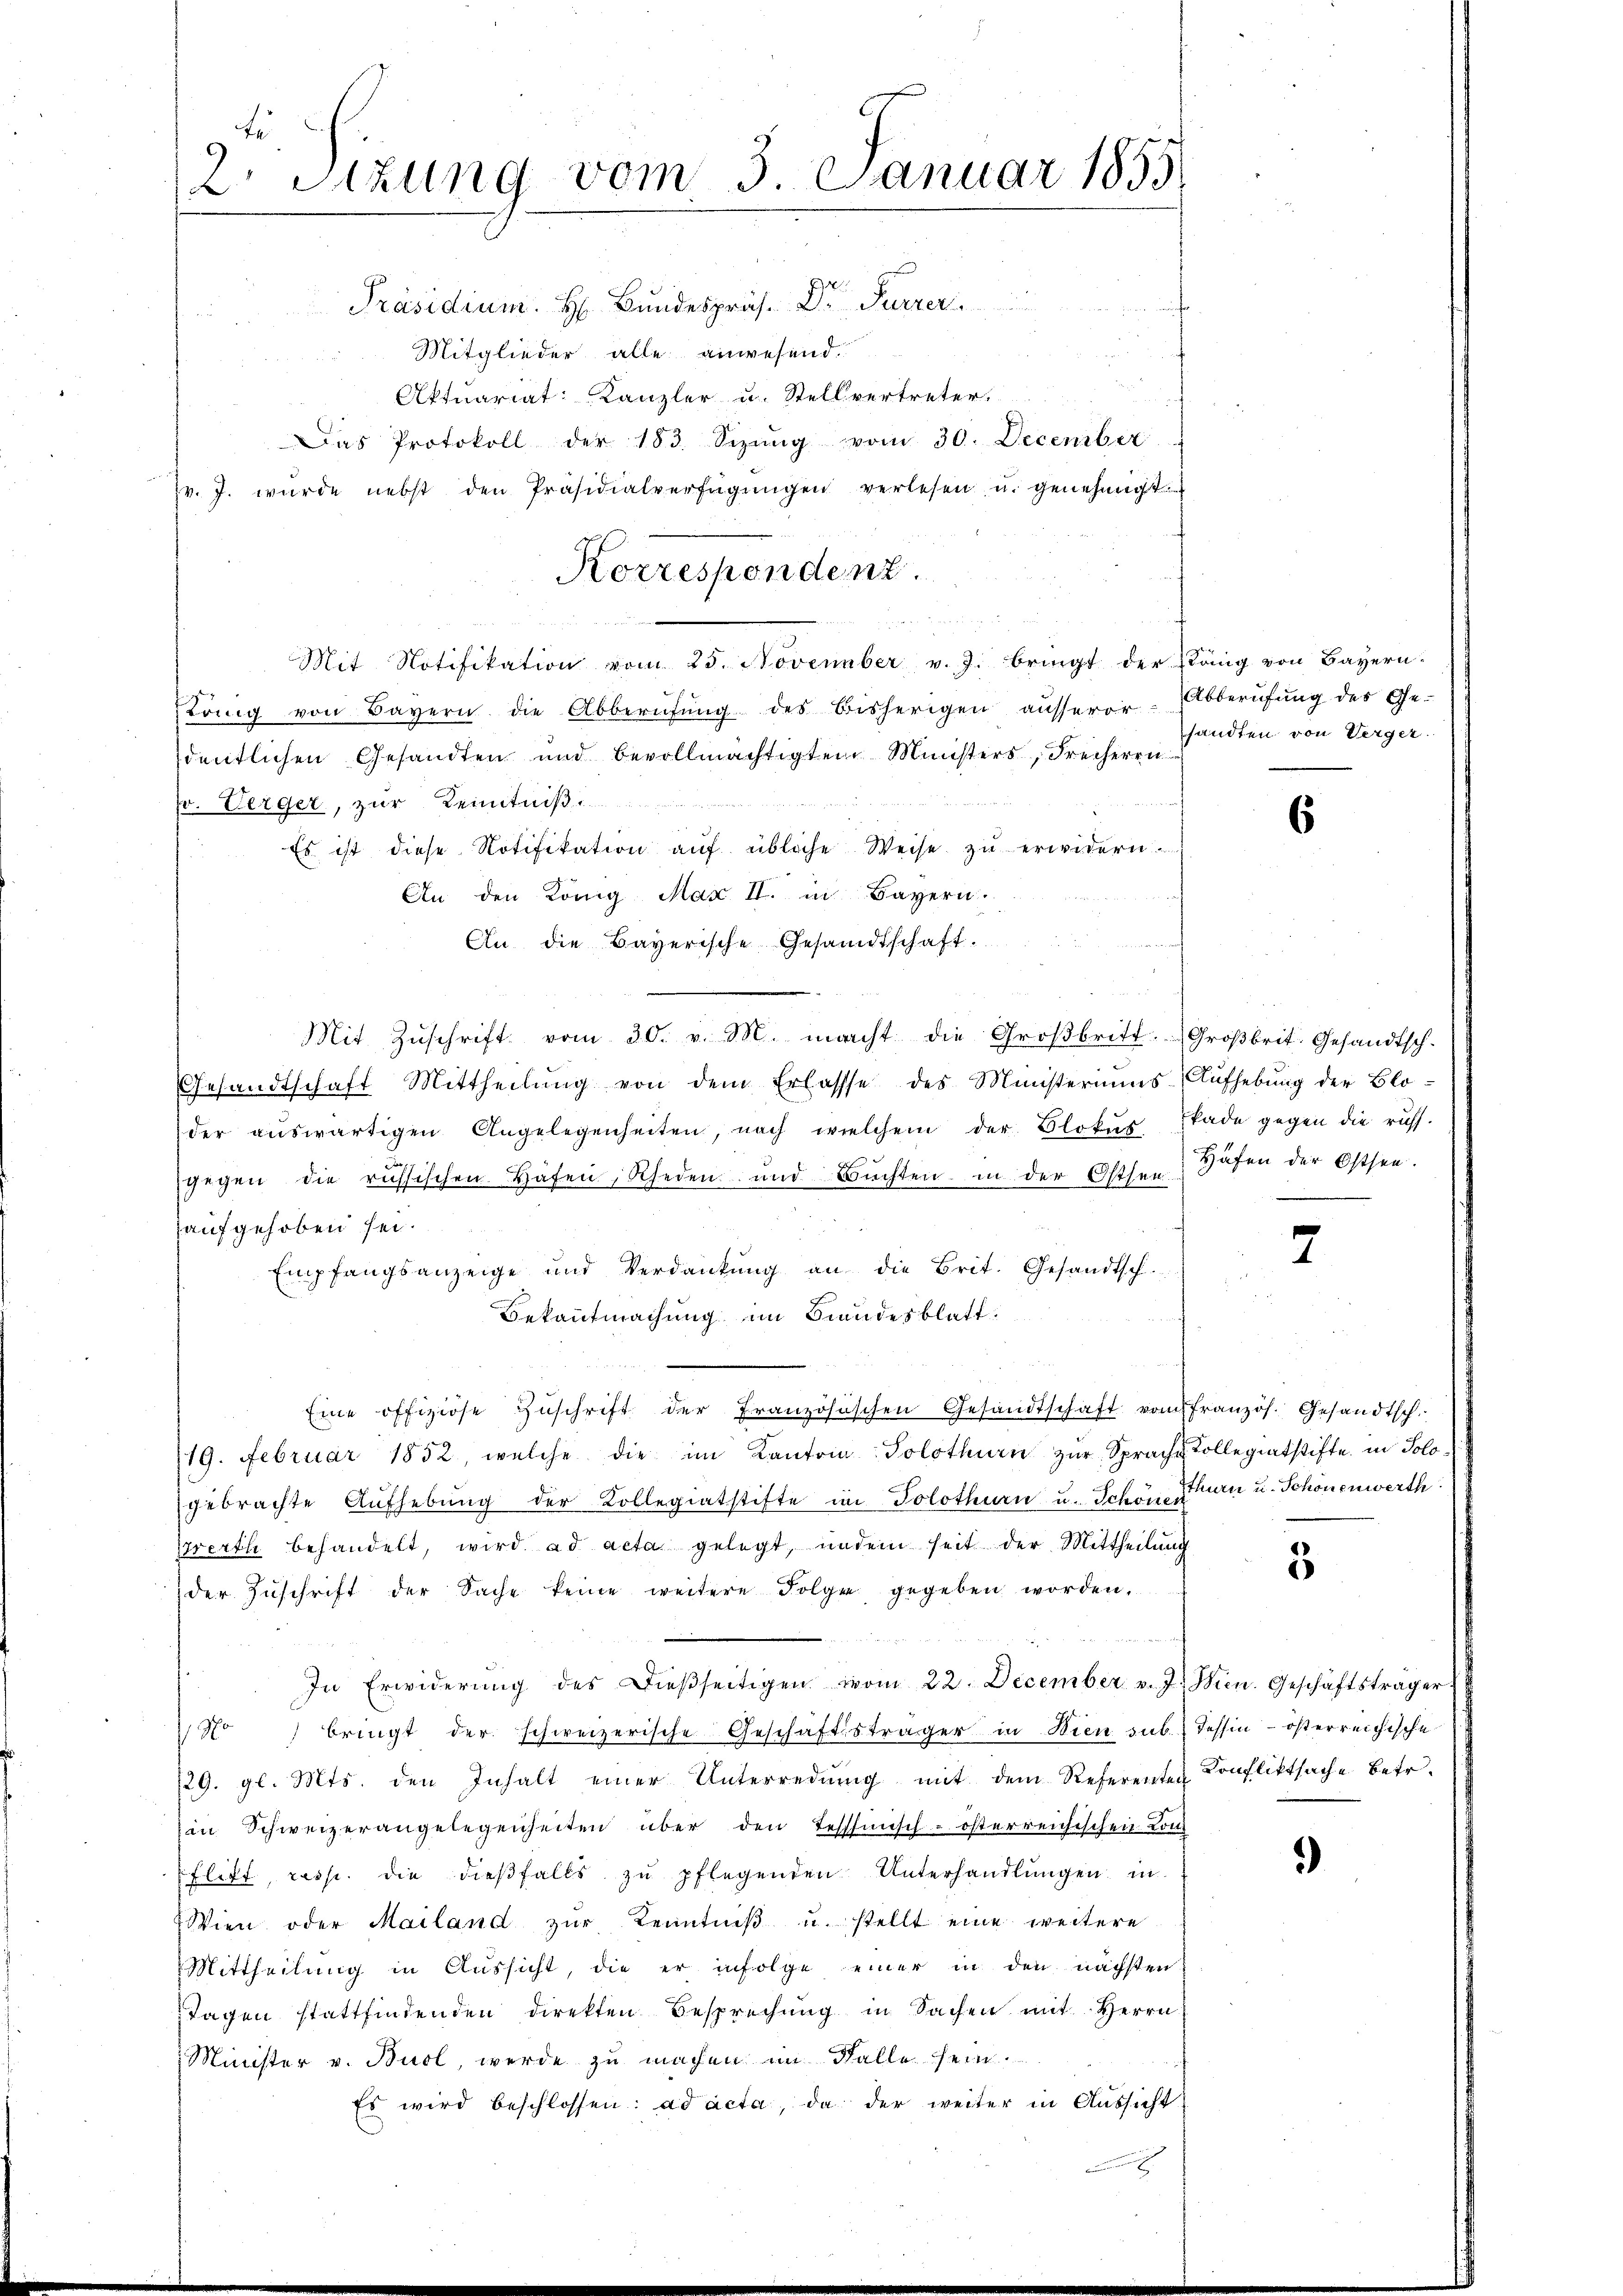
2. Sitzung vom 3. Januar 1855

Präsidium. H. Bundespräs. Dr Furrer
Mitglieder alle anwesend.
Aktuariat Kanzler u. Stellvertreter.
Das Protokoll der 183. Sizŭng vom 30. December
zv. J. wurde nebst den Präsidialverfügŭngen verlesen u. genehmigt.
Korrespondenz.
Mit Notifikation vom 25. November v. J. bringt der Köng von Bayern.
Köng von Bayern die Abberufung des bisherigen ausserer
dentlichen Gesandten und bevollmächtigten Ministers, Freiherrn
pr. Verger, zur Kenntniß.
Es ist diese Notifikation aŭf übliche Weise zu erwidern.
An den König Max II. in Bayern.
An die Bayerische Gesandtschaft.
Mit Zŭschrift vom 30. v. M. macht die Großbritt. Großbrit. Gesandtsch.
Gesandtschaft Mittheilŭng von dem Erlasse des Ministeriums-Aŭfhebŭng der Blo-
der aŭswärtigen Angelegenheiten, nach welchem der Blokŭs Grade gegen die rufs-
kade gegen die russ.
gegen die russischen Hafen, Rheden und Büchten in der Ostsee
aufgehoben sei.

Empfangsanzeige und Verdankŭng an die Brit. Gesandtsch.
Bekantmachung im Handesblatt.
Eine offiziöse Zŭschrift der Französischen Gesandtschaft vom französ. Gesandtsch
19. Februar 1852, welche die im Kanton Solothurn zŭr Sprache Kollegiatstifte in Sologebrachte Aŭfhebŭng der Kollegiatstifte im Solothurn u. Schöne Turn u. Schönenwerth
Werth behandelt, wird ad acta gelegt, undein seit der Mittheilung
der Zŭschrift der Sache keine weitere Folge gegeben worden,
u
In Erwiderŭng des Dieβseitigen vom 22. December v. J. Wien. Geschäftsträger
No bringt der schweizerische Geschäftsträger in Wien sub. Tessin - österreichische
29. gl. Mts. den Inhalt einer Unterredung mit dem Referente Konfliktsache betr.
in Schweizerangelegenheiten über den Tessinisch-österreichischen Kon
Flitt, resp. die dießfalls zu pflegenden Unterhandlungen in
Wien oder Mailand zŭr Kenntniβ u. stellt eine weitere
Mittheilung in Aussicht, die er infolge einer in den nächsten
Tagen stattfindenden direkten Besprechŭng in Sachen mit Herrn
Minister v. Buol, werde zu machen im Falle sein.
Es wird beschlossen: ad acta, da der weiter in Aussicht

Abberufung des Gesandten von Verger

6

Häfen der Ostsee.

2

3

)